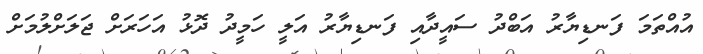
އުއްތަމަ ފަނޑިޔާރު އަބްދު ސައީދާއި ފަނޑިޔާރު އަލީ ހަމީދު ދޮޅު އަހަރަށް ޖަލަށްލުމަށް